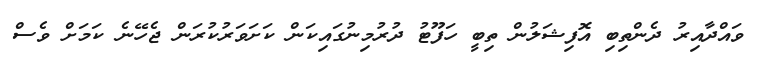
ވައްދާއިރު ދެންތިބި އޮފިޝަލުން ތިބީ ހަފޫޓު ދުރުމިނުގައިކަން ކަށަވަރުކުރަން ޖެހޭނެ ކަމަށް ވެސް